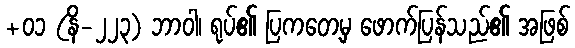
+၀၁ (နိ-၂၂၃) ဘာဝါ၊ ရုပ်၏ ပြကတေ့မှ ဖောက်ပြန်သည်၏ အဖြစ်